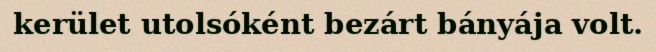
kerület utolsóként bezárt bányája volt.